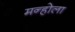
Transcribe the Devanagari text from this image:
मन्होला